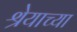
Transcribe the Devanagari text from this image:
श्रेयाच्या